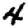
Digit: 4